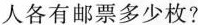
人各有邮票多少枚?